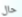
حال